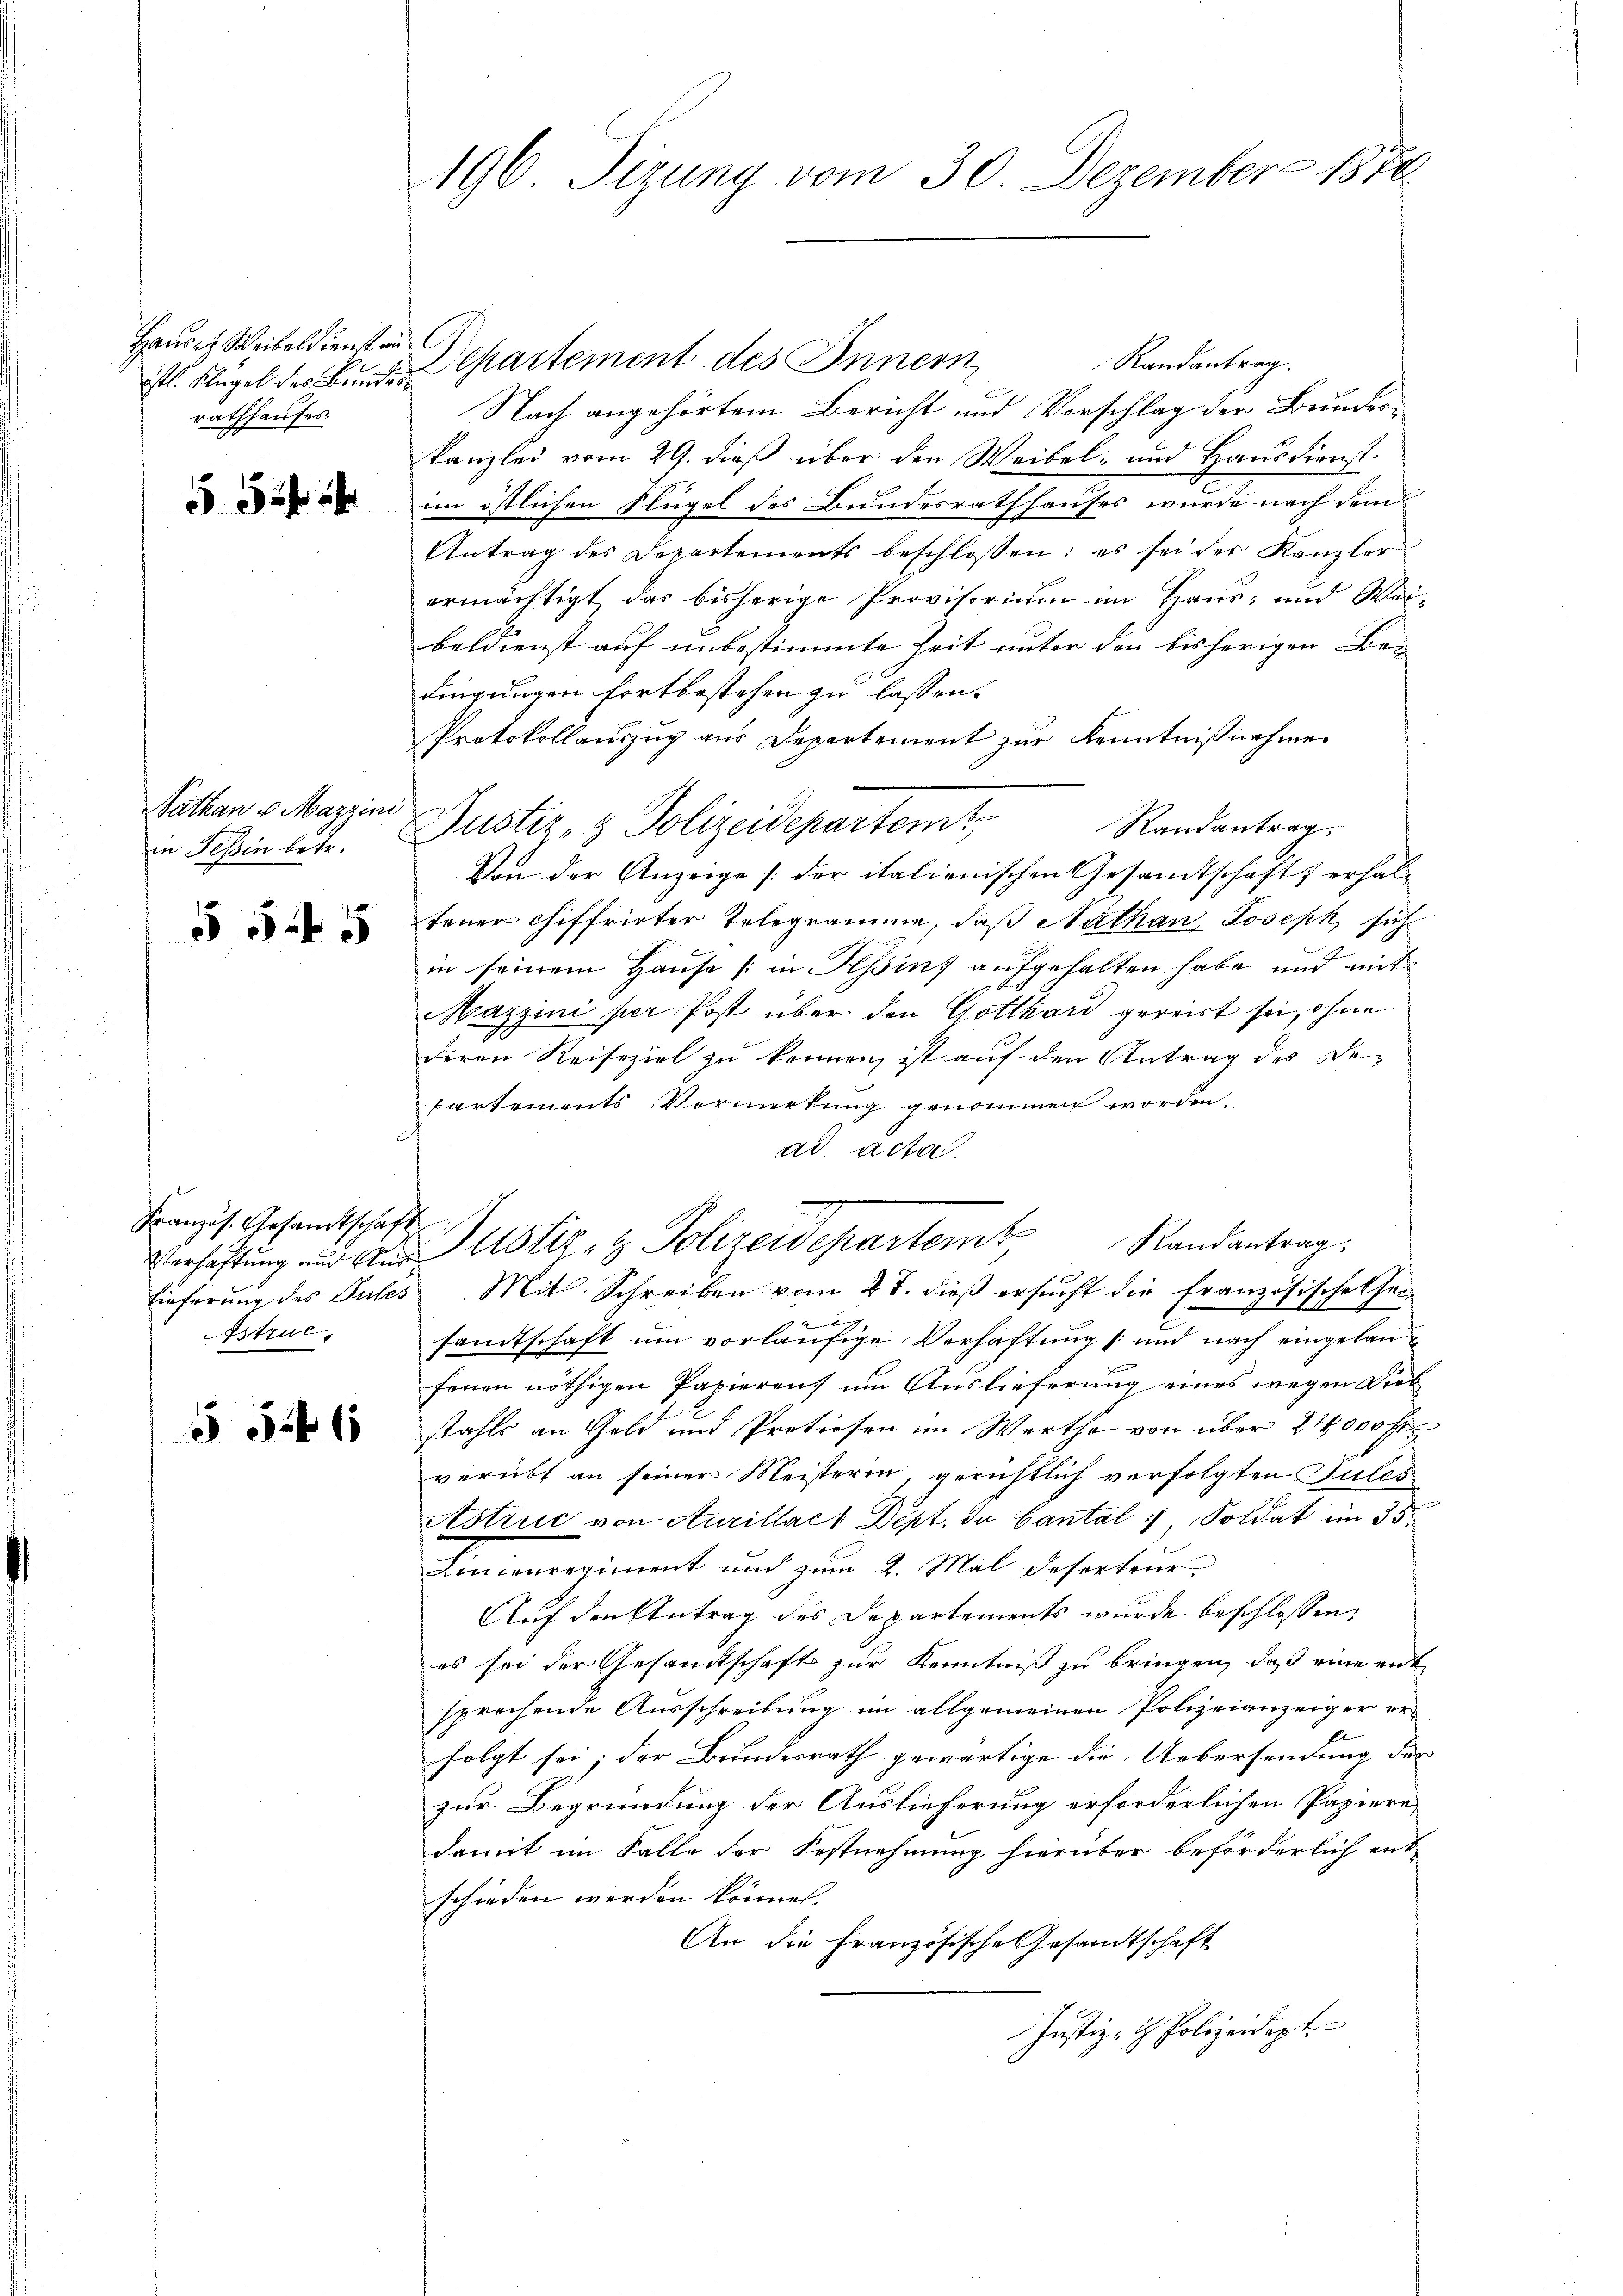
Hausetz Weibeldienst ein C
ästl. Flügel des Breitis
rathhauses.

552f 5

Sathan u. Mazzini
in Tessin betr.

§ 545

Französ. Gesandtschaft
Astruc

55 f 1

196 Sizung vom 30. Dezember 1870.

Randantrag.
Departement des Innern,
Nach angehörtem Bericht und Vorschlag der Bundeskanzlei vom 29. dieß über den Weibel- und Hausdienst
im östlichen Flügel des Bundesrathhauses wurde nach dem
Antrag des Departements beschlossen: es sei der Kanzler
ermächtigt, das bisherige Provisorium im Haus- und Wai-
beldienst auf unbestimmte Zeit unter den bisherigen Be-
dingungen fortbestehen zu lassen.
Protokollauszug aus Departement zur Kenntnißnahme
Justiz- & Polizeidepartemt
Randantrag.
Von der Anzeige /: der italienischen Gesandtschafts erhal-
teuer chiffrirter Telegramme, daß Nathan Joseph, sich
in seinem Hause (in Hinz aufgehalten habe und mit
Mazzini per Post über den Gotthard gereist sei, ohne
deren Reiseziel zu kennen, ist auf den Antrag des De-
Cartements Vormerkung genommen worden.
ad Acta
6
Randantrag:
Verhaftung und der Zustiz- & Polizeidepartemt,
Einferŭng des Pules Mit Schreiben vom 2. d. dieβ ersŭcht die französischehen
x
2
samtschaft um vorläufige Verhaftung (: und nach eingelanfenen nöthigen Papieren, um Auslieferung eines wegen Dieb
stahls an Geld und Pretiosen im Werthe von über 24000 fr
verübt an seiner Meisteren, gerichtlich verfolgten Jules
Astruc von Aurillach Dept. du Cantal, Soldat im 35
Linienregiment und zum 2. Mal Deserteur.
Auf den Antrag des Departements wurde beschlossen.
es sei der Gesandtschafts zur Kenntniß zu bringen, daß eine ent
sprochende Ausschreibung im allgemeinen Polizeianzeiger er-
folgt sei; der Bundesrath gewärtige die Uebersendung der
zur Begründung der Auslieferung erforderlichen Papiere
damit im Falle der Festnehmung hierüber beförderlich entschieden werden können.
An die Französische Gesandtschaft
Justiz- & Polizeidept